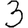
Digit: 3